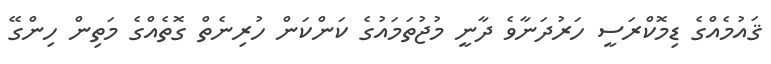
ޤައުމެއްގެ ޑިމޮކްރަސީ ހަރުދަނާވެ ދާނީ މުޖުތަމައުގެ ކަންކަން ހުރިނެތް ގޮތެއްގެ މަތިން ހިންގޭ